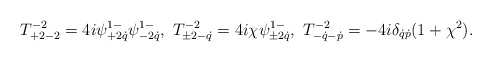
\begin{align*}T^{-2}_{+2-2}=4i\psi^{1-}_{+2\dot q}\psi^{1-}_{-2\dot q},\ T^{-2}_{\pm 2-\dot q}=4i\chi \psi^{1-}_{\pm2\dot q},\ T^{-2}_{-\dot q-\dot p}= -4i\delta_{\dot q\dot p}(1+\chi^2).\end{align*}